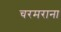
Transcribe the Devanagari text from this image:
चरमराना